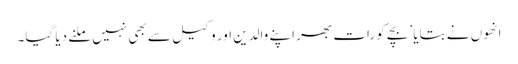
انھوں نے بتایا ’بچے کو رات بھر اپنے والدین اور وکیل سے بھی نہیں ملنے دیا گیا۔